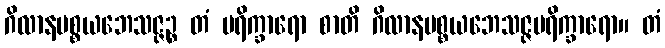
ဂိလာနပစ္စယဘေသဇ္ဇဉ္စ တံ ပရိက္ခာရော စာတိ ဂိလာနပစ္စယဘေသဇ္ဇပရိက္ခာရော။ တံ